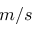
m / s